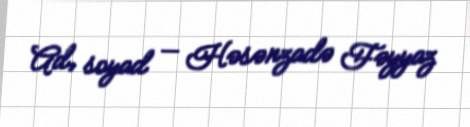
Ad, soyad — Həsənzadə Fəyyaz